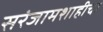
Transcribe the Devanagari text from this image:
सरंजामशाहीचा